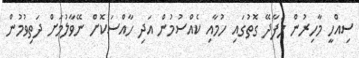
ސިއްހީ މާހިރުން ލަފާދޭ ގޮތުގައި ހުމާއި ކެއްސުމުން އަދި ހާއްސަކޮށް ނޭވާލުމަށް ދަތިވުމުން